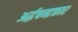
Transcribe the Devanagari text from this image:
अर्द्धचन्द्रकार